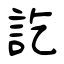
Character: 訖